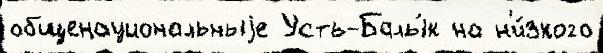
общенациональныjе Усть-Балы́к на н'и́зкого